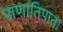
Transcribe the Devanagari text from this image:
पाणातिपाता